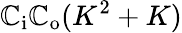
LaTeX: \mathbb{C}_{\mathrm{{i}}}\mathbb{C}_{\mathrm{{o}}}(K^{2}+K)